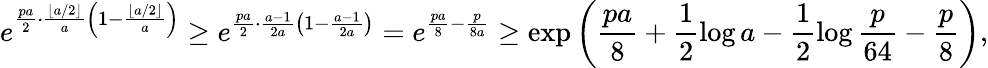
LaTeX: e^{\frac{pa}{2}\cdot\frac{\lfloor a/2\rfloor}{a}\left(1-\frac{\lfloor a/2\rfloor}{a}\right)}\ge e^{\frac{pa}{2}\cdot\frac{a-1}{2a}\left(1-\frac{a-1}{2a}\right)}=e^{\frac{pa}{8}-\frac{p}{8a}}\ge\exp\left(\frac{pa}{8}+\frac{1}{2}\log a-\frac{1}{2}\log\frac{p}{64}-\frac{p}{8}\right),